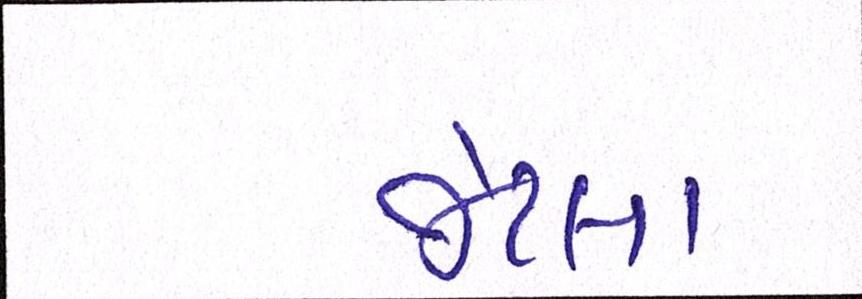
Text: જેટલા